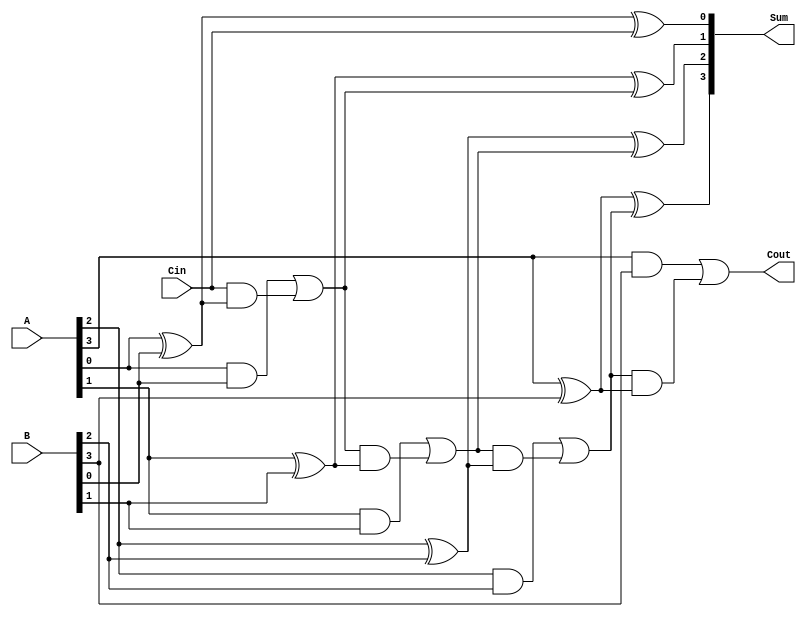
module ParallelFullAdder #(parameter N = 4) (
    input  wire [N-1:0] A,      // N-bit input A
    input  wire [N-1:0] B,      // N-bit input B
    input  wire Cin,             // Carry input
    output wire [N-1:0] Sum,     // N-bit Sum output
    output wire Cout             // Carry output
);

    wire [N:0] carry; // Carry signals for each bit, including the final carry out

    // Assign the initial carry input
    assign carry[0] = Cin;

    // Generate the sum and carry for each bit
    genvar i;
    generate
        for (i = 0; i < N; i = i + 1) begin : full_adder
            assign Sum[i] = A[i] ^ B[i] ^ carry[i]; // Sum calculation
            assign carry[i + 1] = (A[i] & B[i]) | (carry[i] & (A[i] ^ B[i])); // Carry calculation
        end
    endgenerate

    // Final carry output
    assign Cout = carry[N];

endmodule